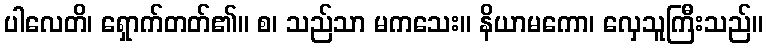
ပါလေတိ၊ ရှောက်တတ်၏။ စ၊ သည်သာ မကသေး။ နိယာမကော၊ လှေသူကြီးသည်။